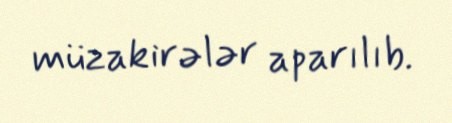
müzakirələr aparılıb.